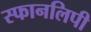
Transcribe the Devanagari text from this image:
स्फानलिपी